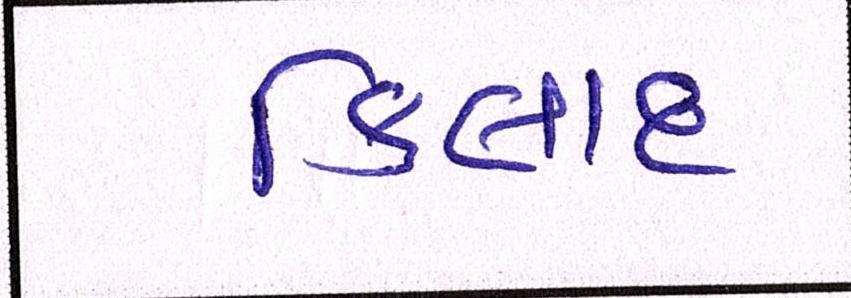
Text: કિલાદ